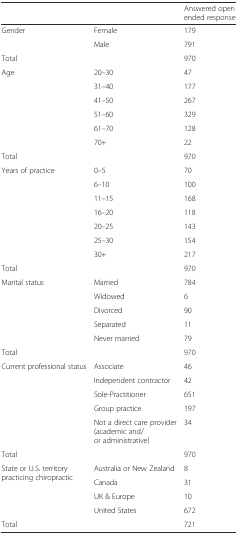
| <COLSPAN=2>  | Answered open ended response |
 | --- | --- | --- |
 | <ROWSPAN=2> Gender | Female | 179 |
 | Male | 791 |
 | <COLSPAN=2> Total | 970 |
 | <ROWSPAN=6> Age | 20–30 | 47 |
 | 31–40 | 177 |
 | 41–50 | 267 |
 | 51–60 | 329 |
 | 61–70 | 128 |
 | 70+ | 22 |
 | <COLSPAN=2> Total | 970 |
 | <ROWSPAN=7> Years of practice | 0–5 | 70 |
 | 6–10 | 100 |
 | 11–15 | 168 |
 | 16–20 | 118 |
 | 20–25 | 143 |
 | 25–30 | 154 |
 | 30+ | 217 |
 | <COLSPAN=2> Total | 970 |
 | <ROWSPAN=5> Marital status | Married | 784 |
 | Widowed | 6 |
 | Divorced | 90 |
 | Separated | 11 |
 | Never married | 79 |
 | <COLSPAN=2> Total | 970 |
 | <ROWSPAN=5> Current professional status | Associate | 46 |
 | Independent contractor | 42 |
 | Sole-Practitioner | 651 |
 | Group practice | 197 |
 | Not a direct care provider (academic and/or administrative) | 34 |
 | <COLSPAN=2> Total | 970 |
 | <ROWSPAN=4> State or U.S. territory practicing chiropractic | Australia or New Zealand | 8 |
 | Canada | 31 |
 | UK & Europe | 10 |
 | United States | 672 |
 | <COLSPAN=2> Total | 721 |